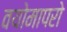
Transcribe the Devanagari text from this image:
वयोमापरो